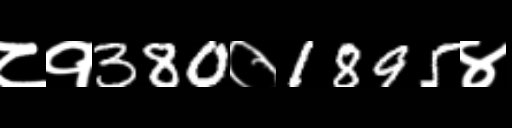
Text: ८१380०1895४